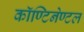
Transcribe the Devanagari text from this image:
कॉण्टिनेण्टल